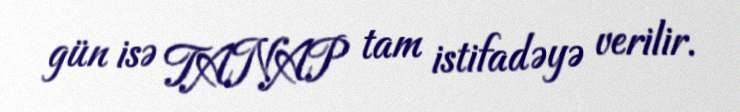
gün isə TANAP tam istifadəyə verilir.